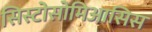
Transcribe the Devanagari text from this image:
सिस्टोसोमिआसिस